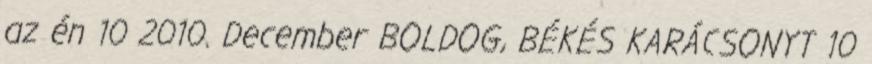
az én 10 2010. December BOLDOG, BÉKÉS KARÁCSONYT 10